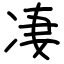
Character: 凄